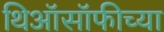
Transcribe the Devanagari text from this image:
थिऑसॉफीच्या